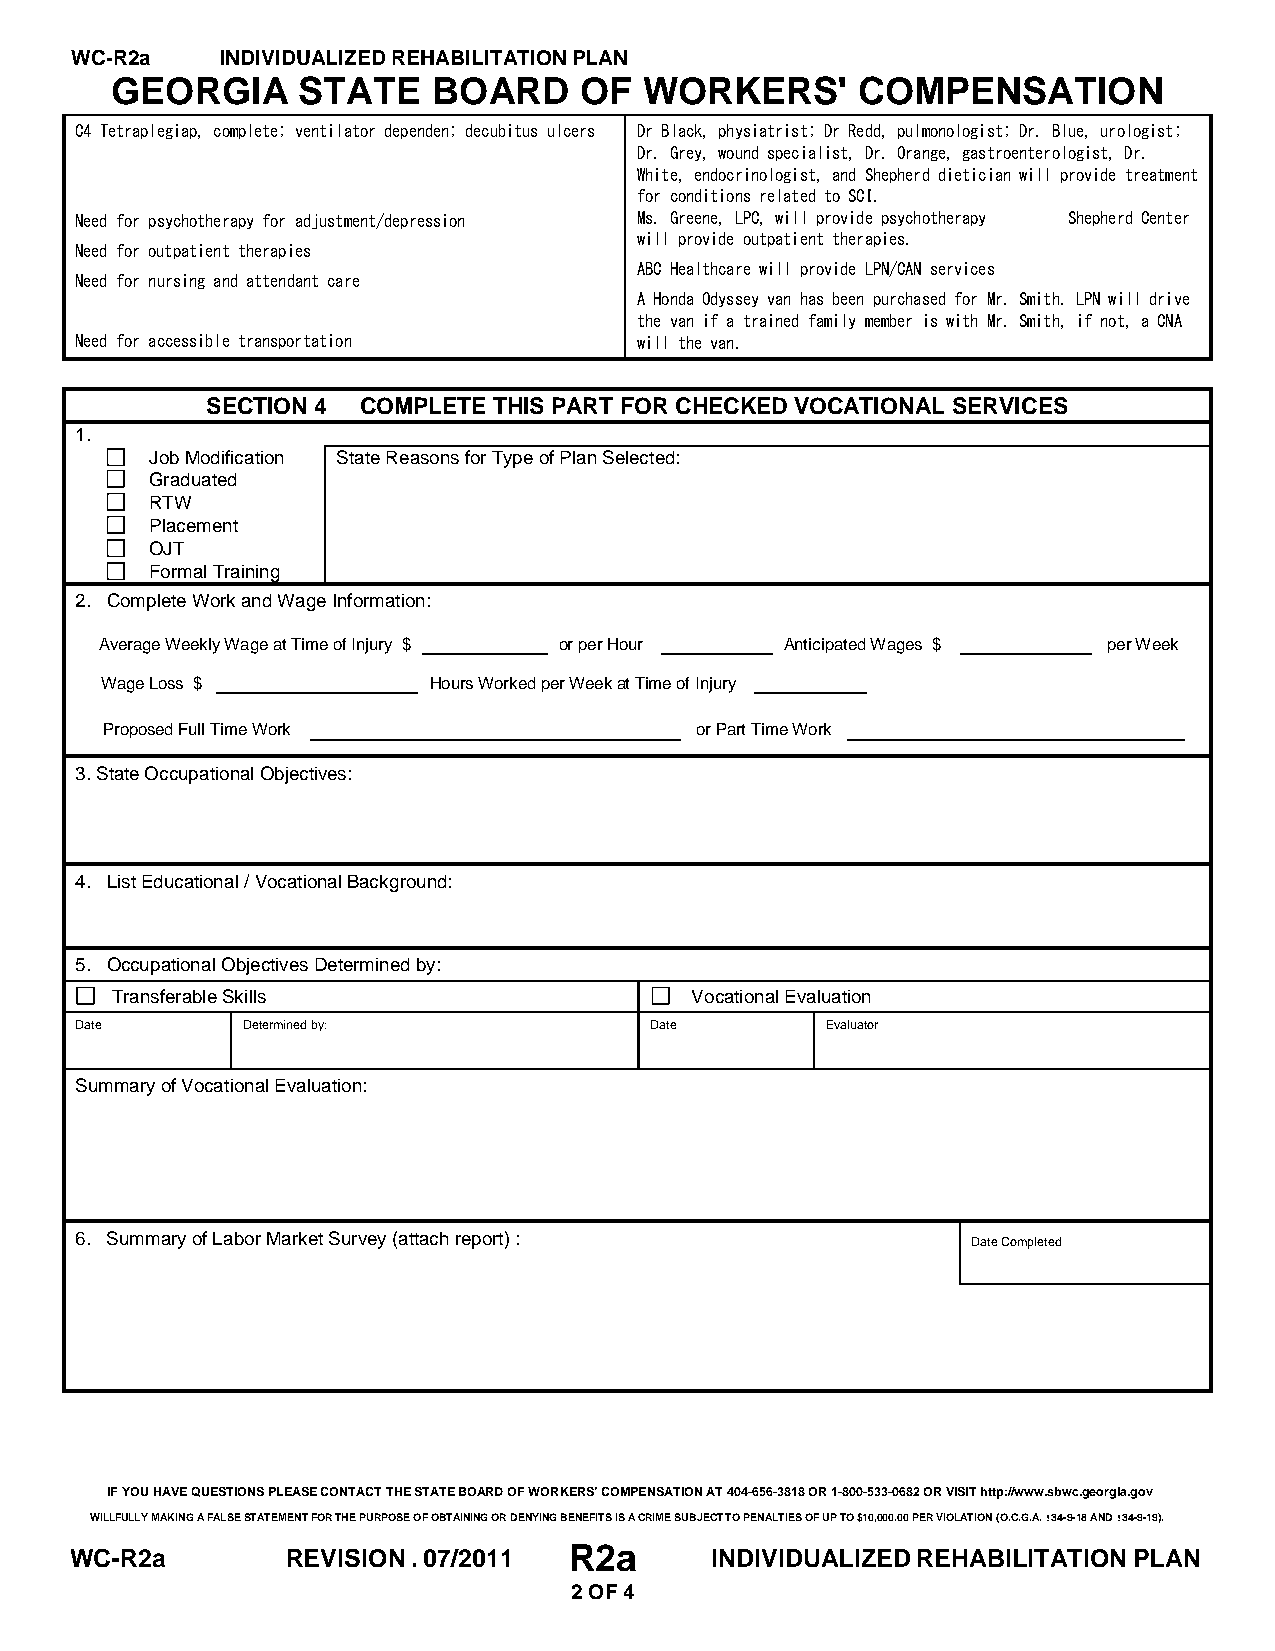
WC-R2a    INDIVIDUALIZED REHABILITATION PLAN
 GEORGIA      STATE    BOARD    OF   WORKERS'      COMPENSATION
 C4 Tetraplegiap, complete; ventilator dependen; decubitus ulcers Dr Black, physiatrist; Dr Redd, pulmonologist; Dr. Blue, urologist;
 Dr. Grey, wound specialist, Dr. Orange, gastroenterologist, Dr.
 White, endocrinologist, and Shepherd dietician will provide treatment
 for conditions related to SCI.
 Need for psychotherapy for adjustment/depression Ms. Greene, LPC, will provide psychotherapy Shepherd Center
 will provide outpatient therapies.
 Need for outpatient therapies
 ABC Healthcare will provide LPN/CAN services
 Need for nursing and attendant care
 A Honda Odyssey van has been purchased for Mr. Smith. LPN will drive
 the van if a trained family member is with Mr. Smith, if not, a CNA
 Need for accessible transportation   will the van.
 SECTION 4 COMPLETE THIS PART FOR CHECKED VOCATIONAL SERVICES
 1.
 Job Modification State Reasons for Type of Plan Selected:
 Graduated
 RTW
 Placement
 OJT
 Formal Training
 2. Complete Work and Wage Information:
 Average Weekly Wage at Time of Injury $ or per Hour Anticipated Wages $ per Week
 Wage Loss $          Hours Worked per Week at Time of Injury
 Proposed Full Time Work                or Part Time Work
 3. State Occupational Objectives:
 4. List Educational / Vocational Background:
 5. Occupational Objectives Determined by:
 Transferable Skills                    Vocational Evaluation
 Date       Determined by:             Date        Evaluator
 Summary of Vocational Evaluation:
 6. Summary of Labor Market Survey (attach report) :        Date Completed
 IF YOU HAVE QUESTIONS PLEASE CONTACT THE STATE BOARD OF WORKERS’ COMPENSATION AT 404-656-3818 OR 1-800-533-0682 OR VISIT http://www.sbwc.georgia.gov
 WILLFULLY MAKING A FALSE STATEMENT FOR THE PURPOSE OF OBTAINING OR DENYING BENEFITS IS A CRIME SUBJECT TO PENALTIES OF UP TO $10,000.00 PER VIOLATION (O.C.G.A. !34-9-18 AND !34-9-19).
 WC-R2a        REVISION . 07/2011 R2a      INDIVIDUALIZED REHABILITATION PLAN
 2 OF 4